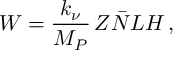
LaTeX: W = \frac { k _ { \nu } } { M _ { P } } \, Z \bar { N } L H \, ,